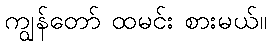
ကျွန်တော် ထမင်း စားမယ်။